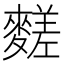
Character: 䴾